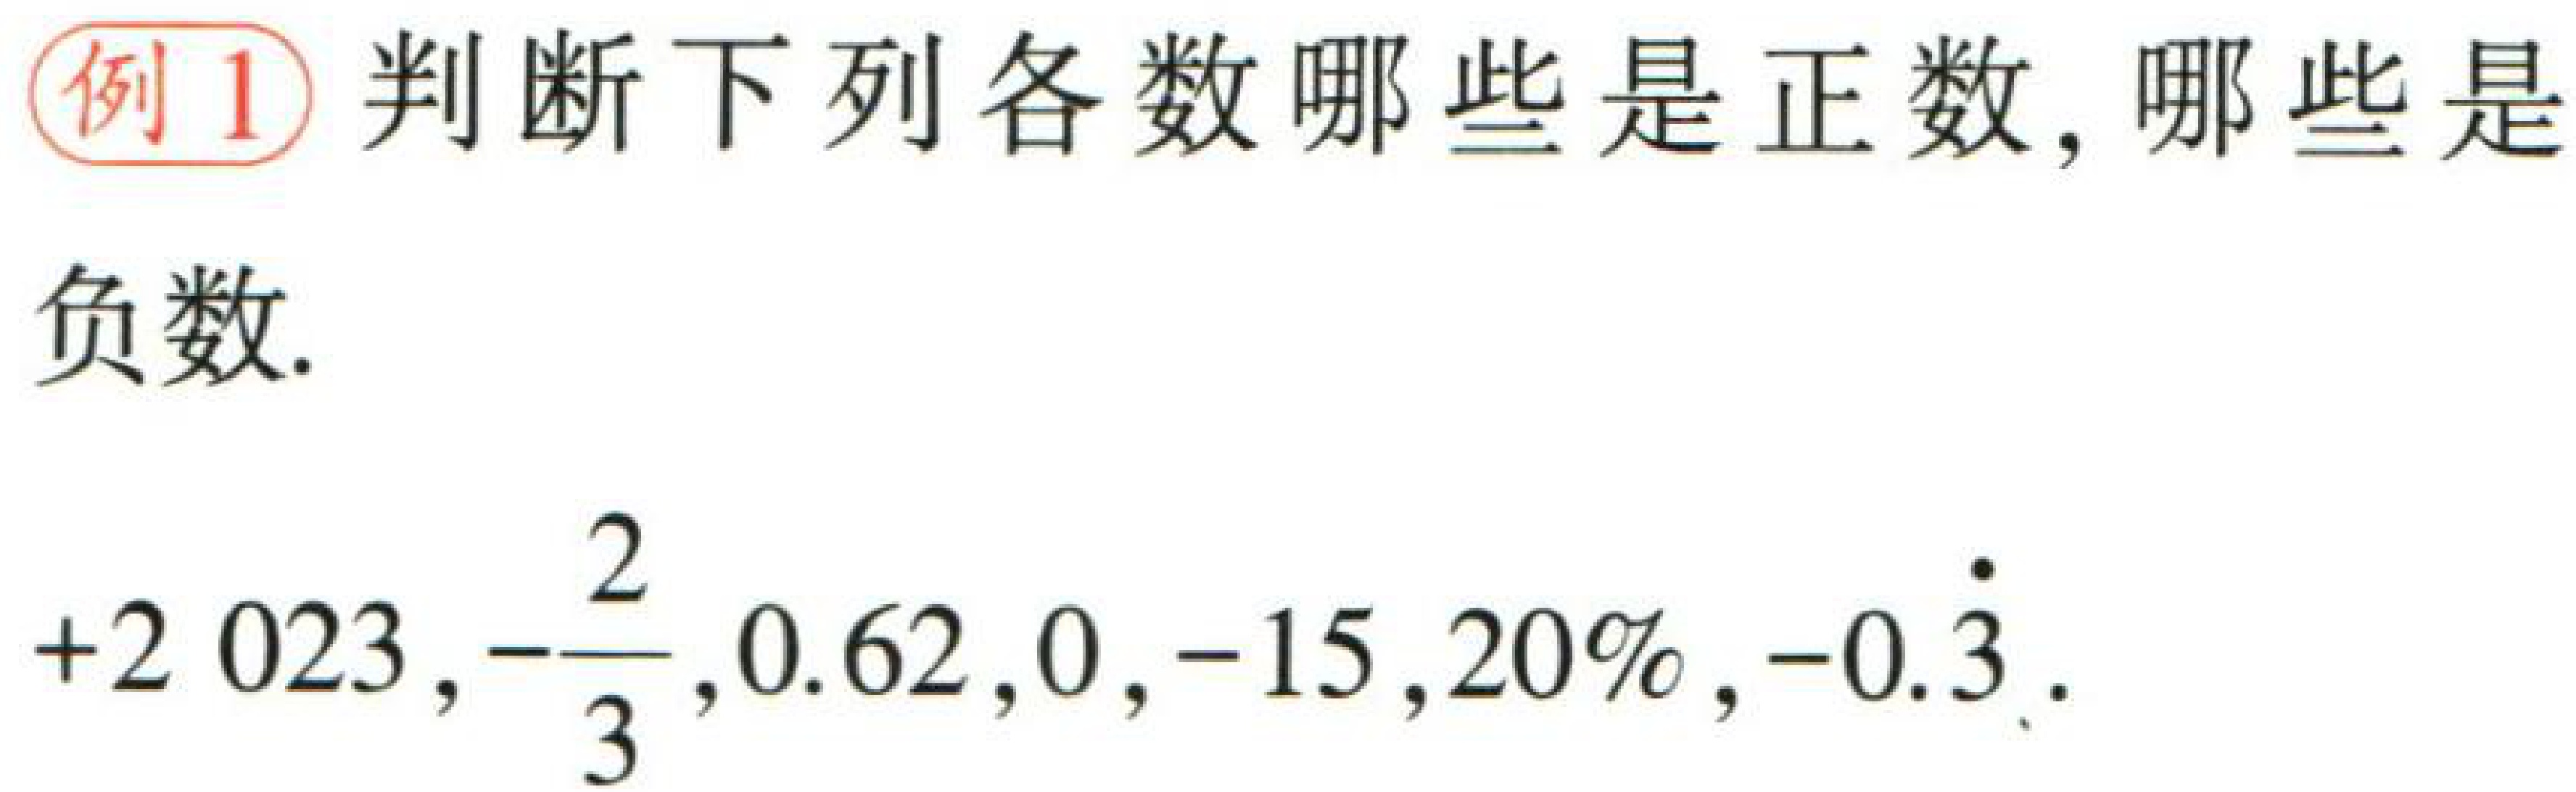
例1 判断下列各数哪些是正数, 哪些是

负数.

$+2023,-\frac{2}{3},0.62,0,-15,20\%, -0.\dot{3}.$